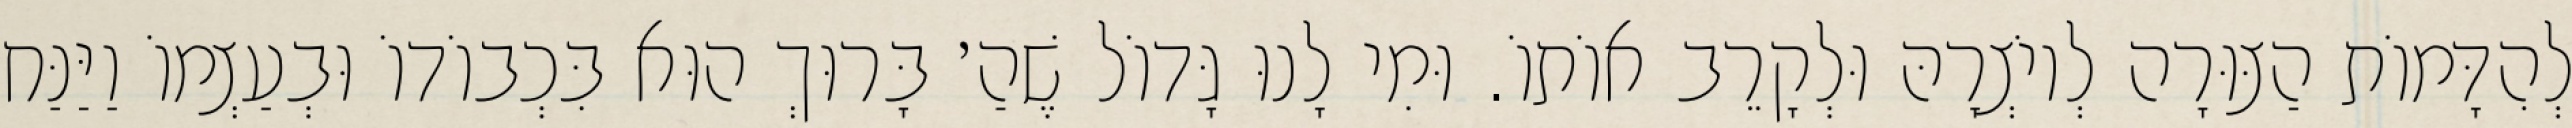
לְהִדָּמוֹת הַצּוּרָה לְיוֹצְרָהּ וּלְקָרֵב אוֹתוֹ. וּמִי לָנוּ גָּדוֹל שֶׁהַ׳ בָּרוּךְ הוּא בִּכְבוֹדוֹ וּבְעַצְמוֹ וַיַּנַּח